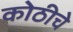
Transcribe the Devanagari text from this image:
कोठीचे